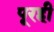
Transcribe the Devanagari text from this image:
पूरही